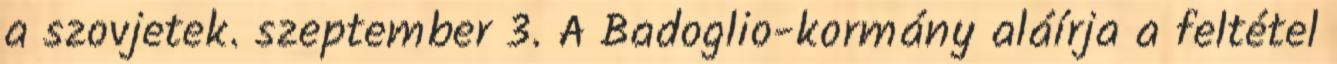
a szovjetek. szeptember 3. A Badoglio-kormány aláírja a feltétel